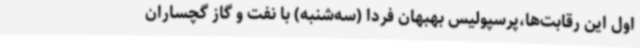
اول این رقابت‌ها،پرسپولیس بهبهان فردا (سه‌شنبه) با نفت و گاز گچساران